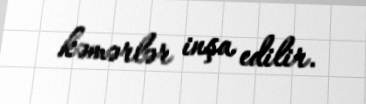
kəmərlər inşa edilir.